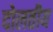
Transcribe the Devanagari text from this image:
दोलतीय